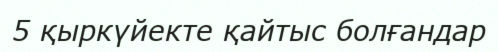
5 қыркүйекте қайтыс болғандар